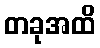
တခုအထိ